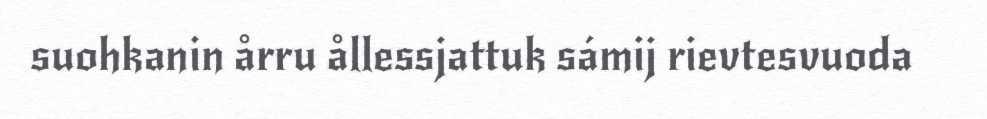
suohkanin årru ållessjattuk sámij rievtesvuoda